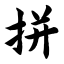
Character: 拼